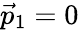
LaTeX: \vec{p}_{1}=0